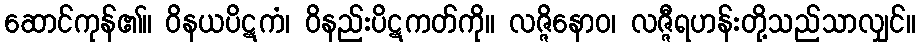
ဆောင်ကုန်၏။ ဝိနယပိဋကံ၊ ဝိနည်းပိဋကတ်ကို။ လဇ္ဇိနောဝ၊ လဇ္ဇီရဟန်းတို့သည်သာလျှင်။